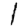
Digit: 1